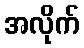
အလိုက်